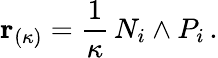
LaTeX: {\mathbf r}_{(\kappa)}=\frac{1}{\kappa}\, N_{i}\wedge P_{i}\, .